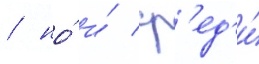
/ но́ и́ ср'ед'и́